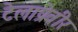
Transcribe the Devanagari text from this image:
टेलाप्रेवीर